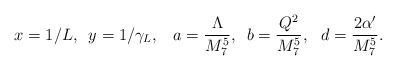
\begin{align*}x= 1/L,\,\,\, y = 1/\gamma_{L},\,\,\,\ a= \frac{\Lambda}{M_{7}^5},\,\,\,b=\frac{Q^2}{M_{7}^5},\,\,\,\, d = \frac{2 \alpha'}{M_{7}^5}.\end{align*}